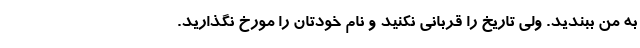
به من ببندید. ولی تاریخ را قربانی نکنید و نام خودتان را مورخ نگذارید.